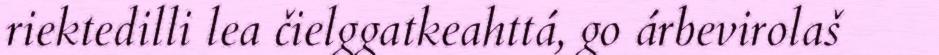
riektedilli lea čielggatkeahttá, go árbevirolaš